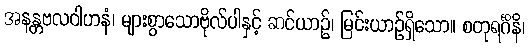
အနန္တဗလဝါဟနံ၊ များစွာသောဗိုလ်ပါနှင့် ဆင်ယာဉ်၊ မြင်းယာဉ်ရှိသော။ စတုရင်္ဂိနိ၊